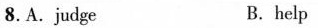
8.A.judge B. help